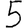
Digit: 5